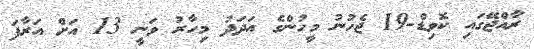
ރާއްޖޭގައި ކޮވިޑް-19 ޖެހުނު މީހުންގެ އަދަދު މިހާރު ވަނީ 13 އަށް އަރާފަ